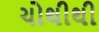
ચોથીથી